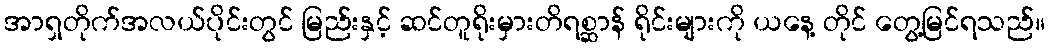
အာရှတိုက်အလယ်ပိုင်းတွင် မြည်းနှင့် ဆင်တူရိုးမှားတိရစ္ဆာန် ရိုင်းများကို ယနေ့ တိုင် တွေ့မြင်ရသည်။